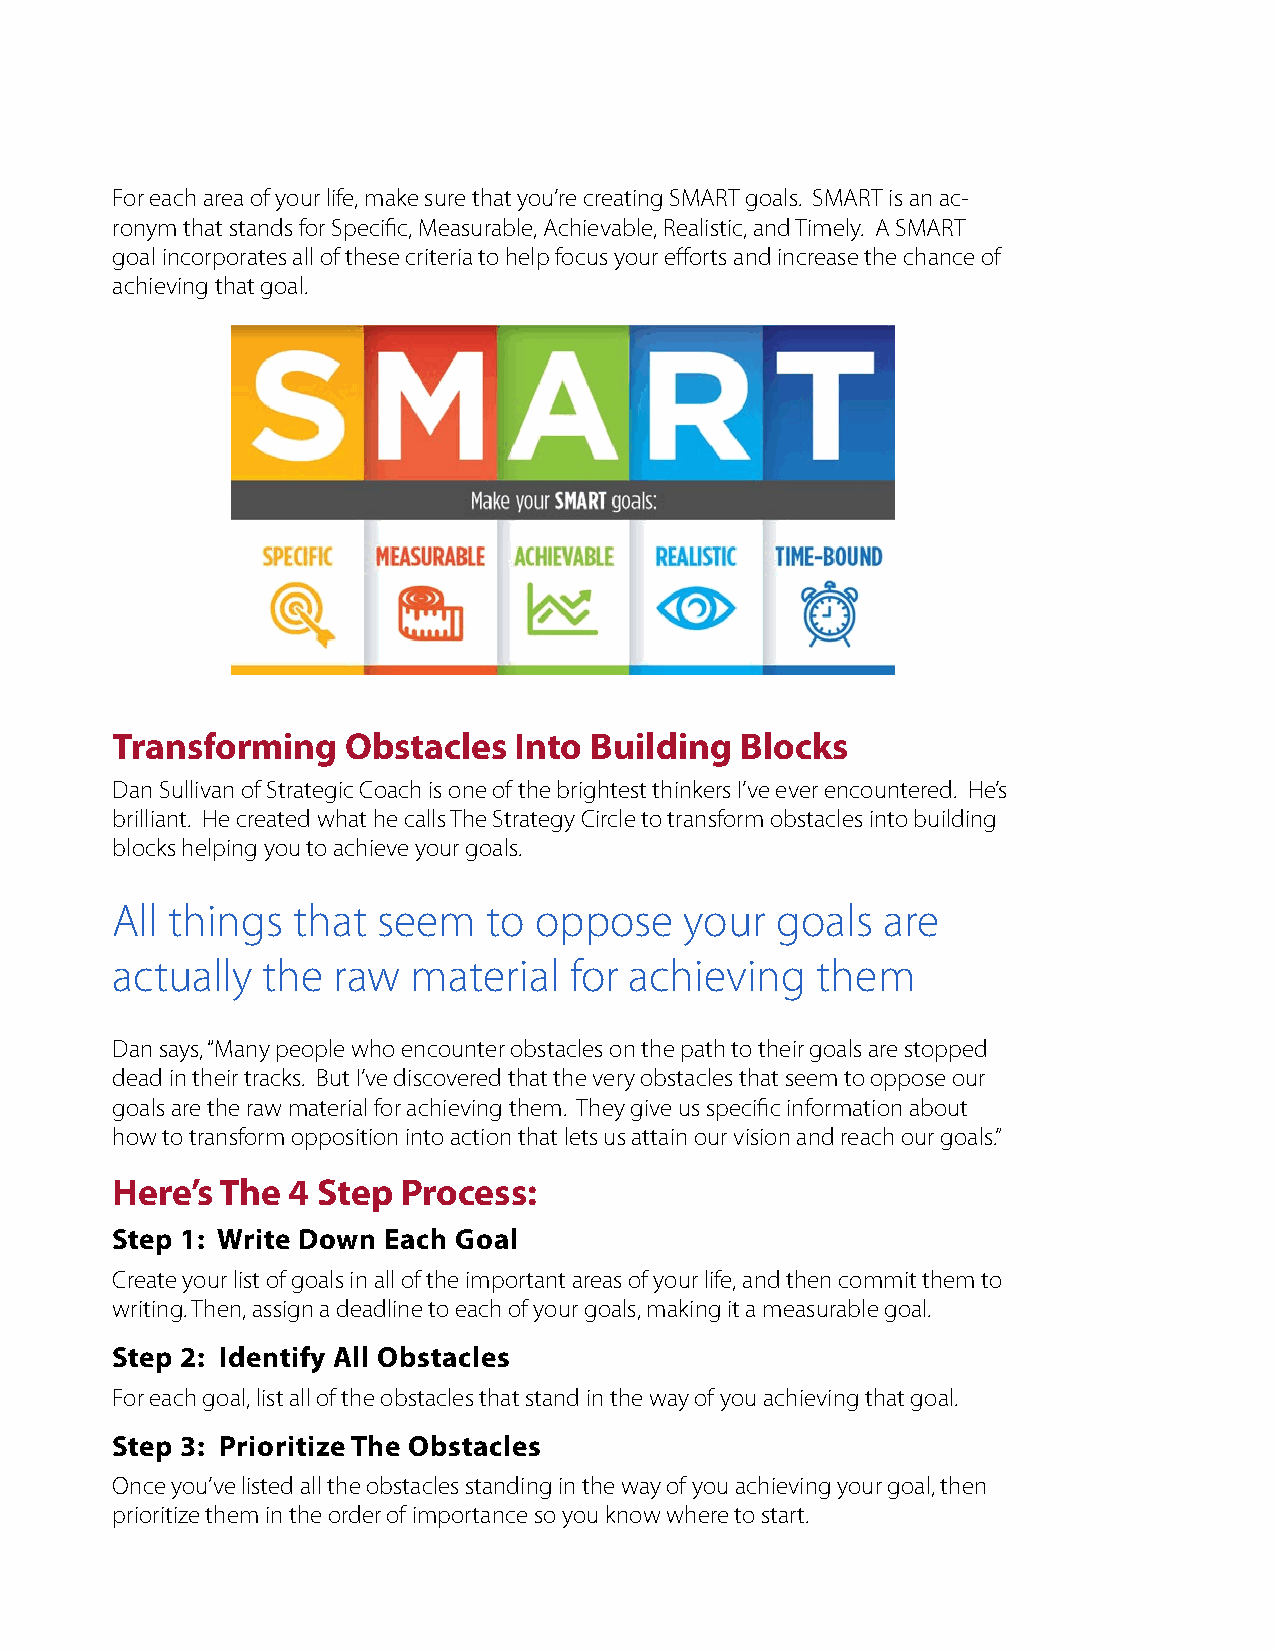
For each area of your life, make sure that you’re creating SMART goals. SMART is an ac-
 ronym that stands for Specific, Measurable, Achievable, Realistic, and Timely. A SMART
 goal incorporates all of these criteria to help focus your efforts and increase the chance of
 achieving that goal.
 Transforming    Obstacles  Into Building  Blocks
 Dan Sullivan of Strategic Coach is one of the brightest thinkers I’ve ever encountered. He’s
 brilliant. He created what he calls The Strategy Circle to transform obstacles into building
 blocks helping you to achieve your goals.
 All things  that  seem   to oppose    your  goals  are
 actually  the  raw  material   for achieving   them
 Dan says, “Many people who encounter obstacles on the path to their goals are stopped
 dead in their tracks. But I’ve discovered that the very obstacles that seem to oppose our
 goals are the raw material for achieving them. They give us specific information about
 how to transform opposition into action that lets us attain our vision and reach our goals.”
 Here’s  The 4 Step  Process:
 Step 1: Write Down Each Goal
 Create your list of goals in all of the important areas of your life, and then commit them to
 writing. Then, assign a deadline to each of your goals, making it a measurable goal.
 Step 2: Identify All Obstacles
 For each goal, list all of the obstacles that stand in the way of you achieving that goal.
 Step 3: Prioritize The Obstacles
 Once you’ve listed all the obstacles standing in the way of you achieving your goal, then
 prioritize them in the order of importance so you know where to start.